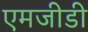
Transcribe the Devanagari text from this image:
एमजीडी